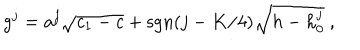
g ^ { j } = a ^ { j } \sqrt { c _ { 1 } - c } + \mathrm { s g n } ( j - K / 4 ) \sqrt { h - h _ { 0 } ^ { j } } { } ~ ,